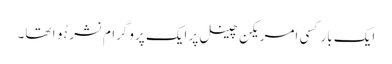
ایک بار کسی امریکن چینل پر ایک پروگرام نشر ہُوا تھا۔